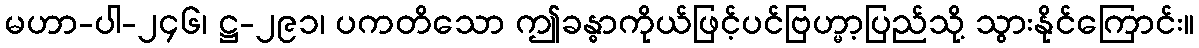
မဟာ-ပါ-၂၄၆၊ ဋ္ဌ-၂၉၁၊ ပကတိသော ဤခန္ဓာကိုယ်ဖြင့်ပင်ဗြဟ္မာ့ပြည်သို့ သွားနိုင်ကြောင်း။